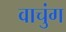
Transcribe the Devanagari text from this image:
वाचुंग